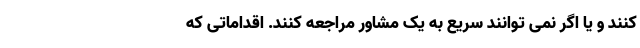
کنند و یا اگر نمی توانند سریع به یک مشاور مراجعه کنند. اقداماتی که